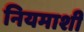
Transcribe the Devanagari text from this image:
नियमाशी